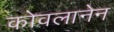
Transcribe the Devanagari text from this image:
कोवलानेन